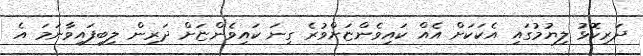
ދަރިކޮޅު ލިޔުމުގައި އެކަކަށް އެއް ކައިވެންޏަށްވުރެ ގިނަ ކައިވެންޏަށް ދަރިން ލިބިފައިވާނަމަ އެ